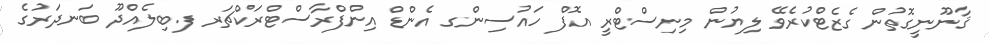
ޤާނޫނީގޮތުން ގެޒެޓްކުރެވޭ ލިޔުން މިނިސްޓްރީ އޮފް ހައުސިންގ އެންޑް އިންފްރާސްޓްރަކްޗަރ ފ.ބިލެއްދޫ ބަނދަރުގެ